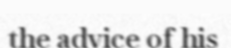
the advice of his